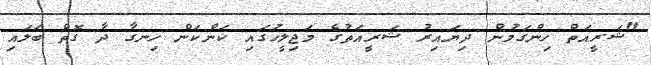
"ޝަރީއަތް ހިންގަމުން ދިޔައިރު ޝަރީއަތުގެ މަޖިލީހުގައި ކަންކަން ހިނގާ ދާ ގޮތް ބަލައި